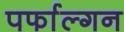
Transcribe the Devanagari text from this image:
पर्फाल्गन